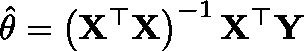
\hat { \mathbf { \theta } } = \left( \mathbf { X } ^ { \top } \mathbf { X } \right) ^ { - 1 } \mathbf { X } ^ { \top } \mathbf { Y }